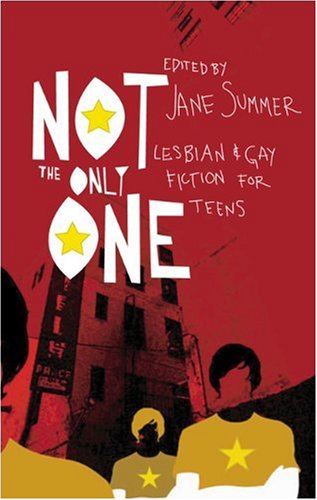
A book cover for Not the Only One: Lesbian and Gay Fiction for Teens; Teen & Young Adult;